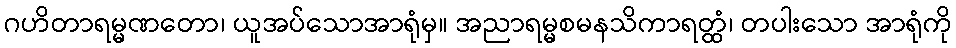
ဂဟိတာရမ္မဏတော၊ ယူအပ်သောအာရုံမှ။ အညာရမ္မစမနသိကာရတ္ထံ၊ တပါးသော အာရုံကို